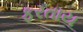
ફરતાય